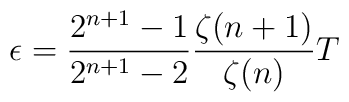
\epsilon=\frac{2^{n+1}-1}{2^{n+1}-2}\frac{\zeta(n+1)}{\zeta(n)}T